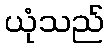
ယုံသည်